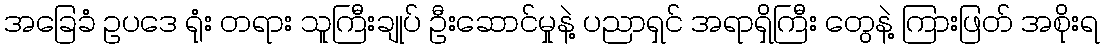
အခြေခံ ဥပဒေ ရုံး တရား သူကြီးချုပ် ဦးဆောင်မှုနဲ့ ပညာရှင် အရာရှိကြီး တွေနဲ့ ကြားဖြတ် အစိုးရ